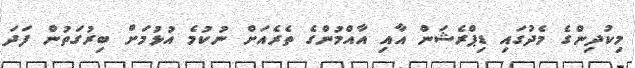
މިކުދިންގެ މެދުގައި ޑިޕްރެޝަން އާއި އާއްމުންގެ ތެރެއަށް ނުކުމެ އުޅުމަށް ބިރުގަތުން ފަދަ